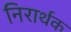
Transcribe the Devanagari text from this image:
निरार्थक